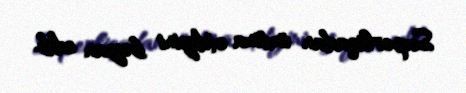
Superliqadan imtina etdiyini bəyan edib.